Scottish Leaving Certificate Examination, 1951
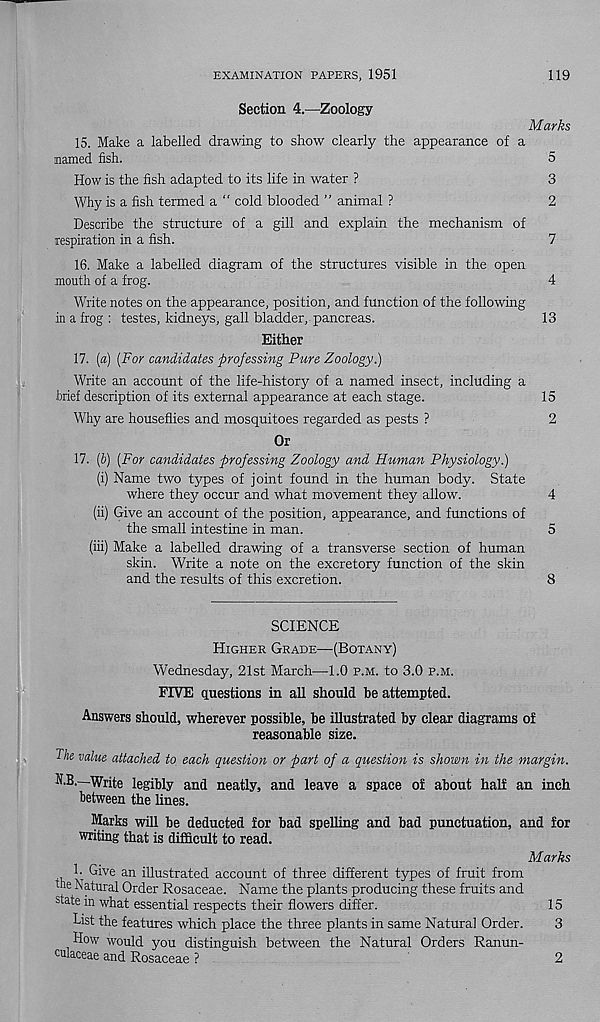
EXAMINATION PAPERS, 1951
119
Section 4.—Zoology
Marks
15. Make a labelled drawing to show clearly the appearance of a
named fish.
5
How is the fish adapted to its life in water ?
3
Why is a fish termed a “ cold blooded ” animal ?
2
Describe the structure of a gill and explain the mechanism of
respiration in a fish.
7
16. Make a labelled diagram of the structures visible in the open
mouth of a frog.
4
Write notes on the appearance, position, and function of the following
in a frog : testes, kidneys, gall bladder, pancreas.
13
Either
17. [a) (For candidates professing Pure Zoology.)
Write an account of the life-history of a named insect, including a
brief description of its external appearance at each stage.
15
Why are houseflies and mosquitoes regarded as pests ?
2
Or
17. (b) (For candidates professing Zoology and Human Physiology.)
(i) Name two tjqoes of joint found in the human body. State
where they occur and what movement they allow.
4
(ii) Give an account of the position, appearance, and functions of
the small intestine in man.
5
(iii) Make a labelled drawing of a transverse section of human
skin. Write a note on the excretory function of the skin
and the results of this excretion.
8
SCIENCE
Higher Grade—(Botany)
Wednesday, 21st March—1.0 p.m. to 3.0 p.m.
FIVE questions in all should be attempted.
Answers should, wherever possible, be illustrated by clear diagrams of
reasonable size.
value attached to each question or part of a question is shown in the margin.
N.B.—Write legibly and neatly, and leave a space of about half an inch
between the lines.
Marks will be deducted for bad spelling and bad punctuation, and for
writing that is difficult to read.
Marks
Give an illustrated account of three different types of fruit from
the Natural Order Rosaceae. Name the plants producing these fruits and
state in what essential respects their flowers differ.
15
List the features which place the three plants in same Natural Order.
3
How would you distinguish between the Natural Orders Ranun-
culaceae and Rosaceae ?
2